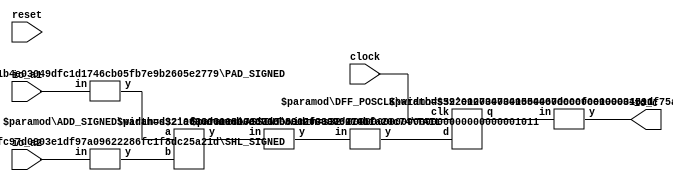
module SimpleAdder(
    input clock,
    input reset,
    input [5:0] io_a1,
    input [7:0] io_a2,
    output [11:0] io_c
);
    wire [10:0] _register1__q;
    wire [10:0] _register1__d;
    DFF_POSCLK #(.width(11)) register1 (
        .q(_register1__q),
        .d(_register1__d),
        .clk(clock)
    );
    wire [10:0] _node_0;
    SHL_SIGNED #(.width(8), .n(3)) s_shl_1 (
        .y(_node_0),
        .in(io_a2)
    );
    wire [11:0] _T_6;
    wire [10:0] _WTEMP_0;
    PAD_SIGNED #(.width(6), .n(11)) s_pad_2 (
        .y(_WTEMP_0),
        .in(io_a1)
    );
    ADD_SIGNED #(.width(11)) s_add_3 (
        .y(_T_6),
        .a(_WTEMP_0),
        .b(_node_0)
    );
    wire [10:0] _T_7;
    TAIL #(.width(12), .n(1)) tail_4 (
        .y(_T_7),
        .in(_T_6)
    );
    wire [10:0] _T_8;
    ASSINT #(.width(11)) assint_5 (
        .y(_T_8),
        .in(_T_7)
    );
    wire [11:0] _node_1;
    SHL_SIGNED #(.width(11), .n(1)) s_shl_6 (
        .y(_node_1),
        .in(_register1__q)
    );
    assign io_c = _node_1;
    assign _register1__d = _T_8;
endmodule //SimpleAdder
module DFF_POSCLK(q, d, clk);
    parameter width = 4;
    output reg [width-1:0] q;
    input [width-1:0] d;
    input clk;
    always @(posedge clk) begin
        q <= d;
    end
endmodule // DFF_POSCLK
module SHL_SIGNED(y, in);
    parameter width = 4;
    parameter n = 4;
    output [width+n-1:0] y;
    input [width-1:0] in;
    wire [width+n-1:0] temp;
    assign temp = {{n{in[width-1]}}, in};
    assign y = $signed(temp) << n;
endmodule // SHL_SIGNED
module PAD_SIGNED(y, in);
    parameter width = 4;
    parameter n = 4;
    output [(n > width ? n : width)-1:0] y;
    input [width-1:0] in;
    assign y = n > width ? {{(n - width){in[width-1]}}, in} : in;
endmodule // PAD_SIGNED
module ADD_SIGNED(y, a, b);
    parameter width = 4;
    output [width:0] y;
    input [width-1:0] a;
    input [width-1:0] b;
    assign y = $signed(a) + $signed(b);
endmodule // ADD_SIGNED
module TAIL(y, in);
    parameter width = 4;
    parameter n = 2;
    output [width-n-1:0] y;
    input [width-1:0] in;
    assign y = in[width-n-1:0];
endmodule // TAIL
module ASSINT(y, in);
    parameter width = 4;
    output [width-1:0] y;
    input [width-1:0] in;
    assign y = $signed(in);
endmodule // ASSINT